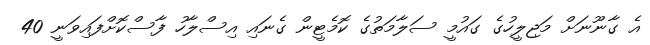
އެ ގާނޫނަށް މަޖިލީހުގެ ގައުމީ ސަލާމަތުގެ ކޮމެޓީން ގެނައި އިސްލާހު ފާސްކޮށްފައިވަނީ 40